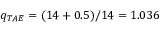
q _ { T A E } = ( 1 4 + 0 . 5 ) / 1 4 = 1 . 0 3 6